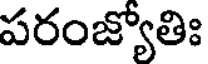
పరంజ్యోతిః